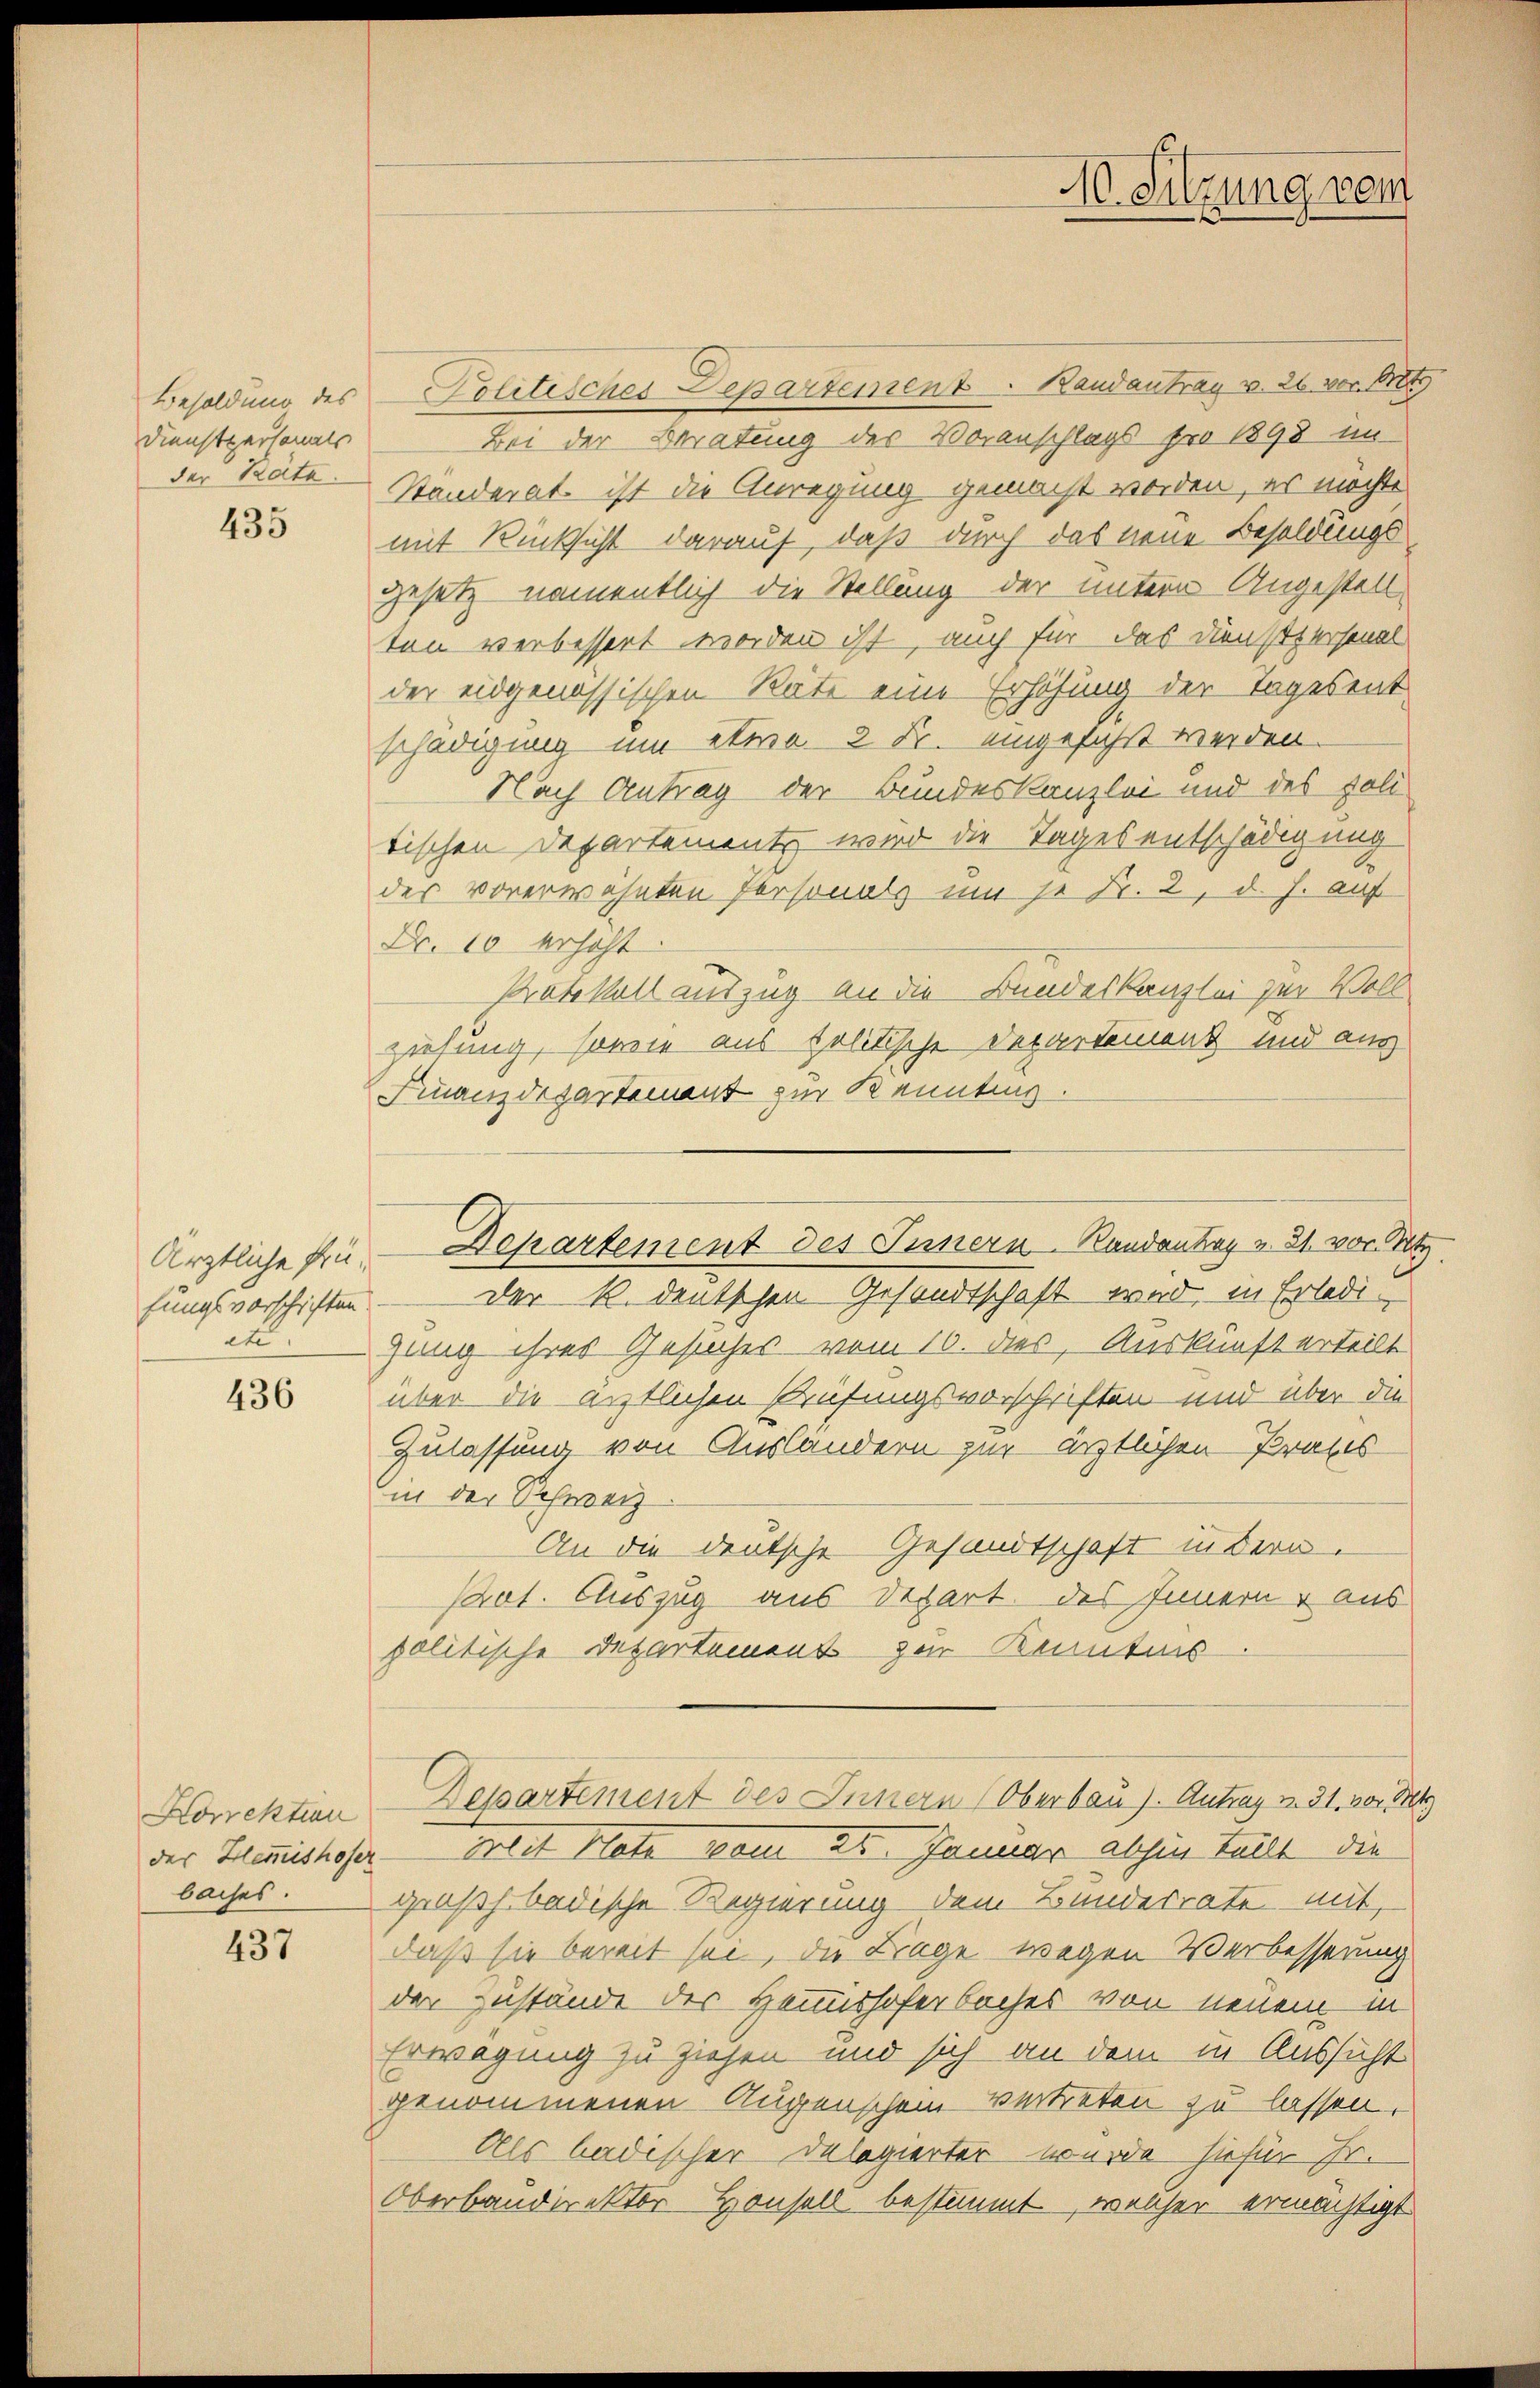
Besoldung des
Dienstpersonals
der Räte

435

Ärztliche Prüfungsvorschriften.
etc.

436

Korrektion
des Hemishofer
baches.

437

Zottisches Departement. Bandantrag v. 26. vor. Art.
Bei der Beratung des Voranschlags pro 1898 im
Standerat ist die Anregung gemacht worden, es möchte
mit Rücksicht darauf, daß durch das neue Besoldungs¬
Gesetz namentlich die Stellung der untern Angestell
ton verbessert worden ist, auch für das Dienstpersonal
der eidgenössischen Räte eine Erhöhung der Tagesent
schädigung um etwa 2 Fr. eingeführt werden.
Nach Antrag der Bundeskanzlei und des politischen Departement wird die Tages entschädigung
des vorerwähnten Personats um je Fr. 2, d. J. auf
Nr. 10 erhöht.
Protokoll auszug an die Bundeskanzlei zur Voll
ziehung, sowie aus politische Departement und auch
Finanzdepartement zur Kennting.
der k. deutschen Gesandtschaft wird, in Erledig
gung ihres Gesuches vom 16. dies, Auskunft erteilt
über die ärztlichen Prüfungsvorschriften und über die
Zulassung von Ausländern zur ärztlichen Praxis
in der Schweiz
An die deutsche Gesandtschaft in dern
Pct. Auszug aus Depart des Innern aus
politische Departement zur Kenntnis
Dessartement des Innern (Oberbau). Antrag v. 31. von St
Met Note vom 25. Januar abhin teilt die
großh. badische Regierung dem Bundesrate mit,
daß sie bereit sei, die Frage wegen Verbesserung
der Zustände der Hanshoferbaches von neuem in
Erwägung zu ziehen und sich an dem in Aussicht
genommenen Augenschein vertreten zu lassen.
Als badischer Delegierter wurde hiefür Fr.
Oberbandirektor Honsoll bestimmt, welcher ermächtigt

10. Sitzung vom

Departement des Innern. Randantrag u. 21. vor Not.

s